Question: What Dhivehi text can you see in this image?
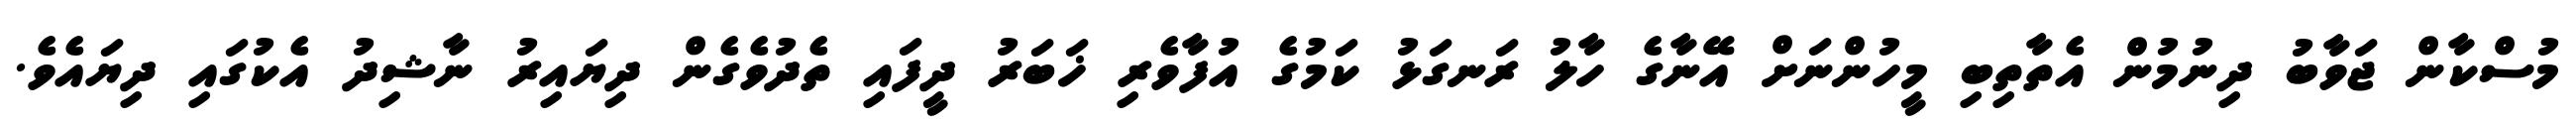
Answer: މުސްކާން ޖަވާބު ދިނުމުން އެތާތިބި މީހުންނަށް އޭނާގެ ހާލު ރަނގަޅު ކަމުގެ އުފާވެރި ޚަބަރު ދީފައި ތެދުވެގެން ދިޔައިރު ނާޝިދު އެކުގައި ދިޔައެވެ.